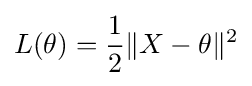
L(\theta )={\frac {1}{2}}\|X-\theta \|^{2}